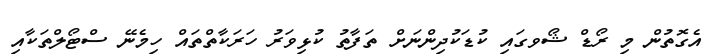
އެގޮތުން މި ރޯޑް ޝޯވގައި ކުޑަކުދިންނަށް ތަފާތު ކުޅިވަރު ހަރަކާތްތައް ހިމެނޭ ސްޓޯލްތަކާއި